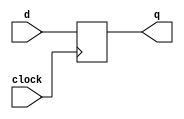
module five_b(d,q,clock);
input d;
input clock;
output  reg q;
always @ (negedge clock)
q<= d;
endmodule